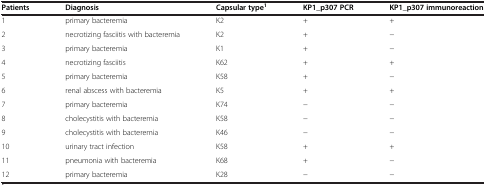
| Patients | Diagnosis | Capsular type1 | KP1_p307 PCR | KP1_p307 immunoreaction |
 | --- | --- | --- | --- | --- |
 | 1 | primary bacteremia | K2 | + | + |
 | 2 | necrotizing fasciitis with bacteremia | K2 | + | − |
 | 3 | primary bacteremia | K1 | + | − |
 | 4 | necrotizing fasciitis | K62 | + | + |
 | 5 | primary bacteremia | K58 | + | − |
 | 6 | renal abscess with bacteremia | K5 | + | + |
 | 7 | primary bacteremia | K74 | − | − |
 | 8 | cholecystitis with bacteremia | K58 | − | − |
 | 9 | cholecystitis with bacteremia | K46 | − | − |
 | 10 | urinary tract infection | K58 | + | + |
 | 11 | pneumonia with bacteremia | K68 | + | − |
 | 12 | primary bacteremia | K28 | − | − |